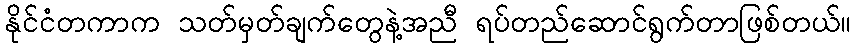
နိုင်ငံတကာက သတ်မှတ်ချက်တွေနဲ့အညီ ရပ်တည်ဆောင်ရွက်တာဖြစ်တယ်။